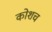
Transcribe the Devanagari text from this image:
कोशच